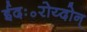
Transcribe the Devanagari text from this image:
ईदः॰रोय्दोन्